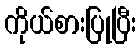
ကိုယ်စားပြုပြီး